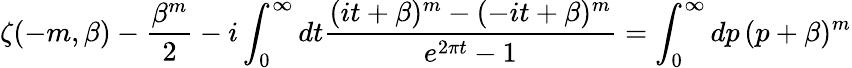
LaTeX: \zeta(-m,\beta)-{\frac{\beta^{m}}{2}}-i\int_{0}^{\infty}dt{\frac{(it+\beta)^{m}-(-it+\beta)^{m}}{e^{2\pi t}-1}}=\int_{0}^{\infty}dp\, (p+\beta)^{m}